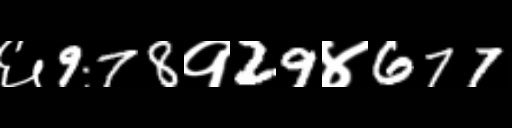
Text: ६978१29४677